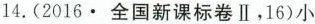
14.(2016.全国新课标卷Ⅱ，16)小